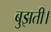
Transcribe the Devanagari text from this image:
बुझती।